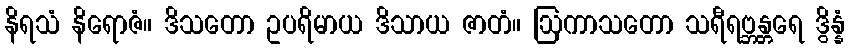
နိရသံ နိရောဇံ။ ဒိသတော ဥပရိမာယ ဒိသာယ ဇာတံ။ ဩကာသတော သရီရဗ္ဘန္တရေ ဒွိန္နံ